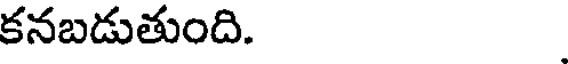
కనబడుతుంది.